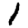
Digit: 1